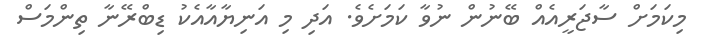
މިކަމަށް ސާޖަރީއެއް ބޭނުން ނުވާ ކަމަށެވެ. އަދި މި އަނިޔާއާއެކު ޑިބްރޭނާ ތިންމަސް